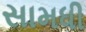
સામધી